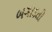
બગાડતો